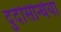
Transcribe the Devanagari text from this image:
दुर्देसिन्धिया